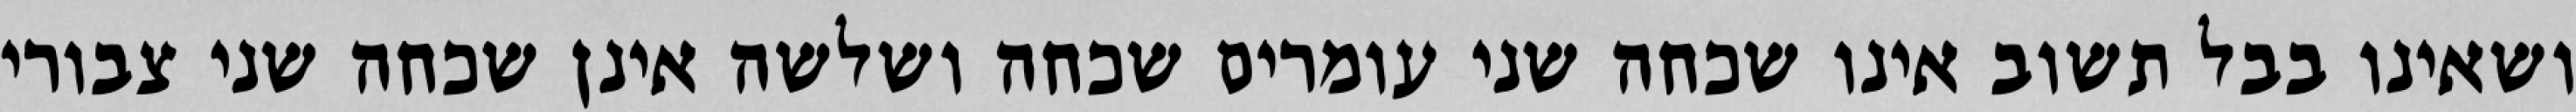
ושאינו בבל תשוב אינו שכחה שני עומרים שכחה ושלשה אינן שכחה שני צבורי